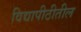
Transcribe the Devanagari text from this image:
विद्यापीठीतील